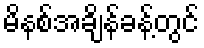
မိနစ်အချိန်ခန့်တွင်